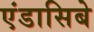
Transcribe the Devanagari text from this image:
एंडासिबे